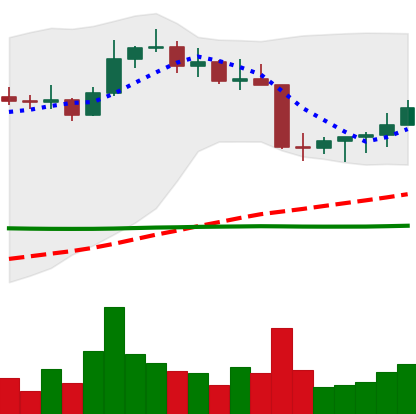
Ticker: ETC-USD
Chart end date: 2022-08-25
Forward return: -12.995%
Label: down_7plus